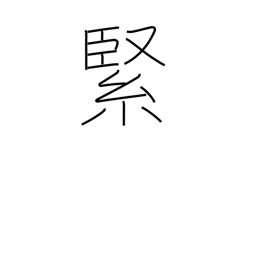
Meaning: solid